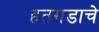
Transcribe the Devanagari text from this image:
हतगडाचे